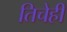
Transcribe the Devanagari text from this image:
तिचेही